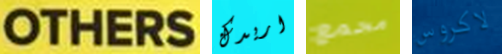
OTHERS اريدك مجمع لاكروس